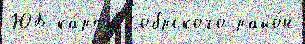
ЮБ ка́рты Кобрского райо́н